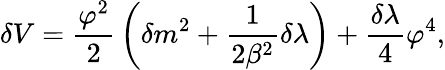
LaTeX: \delta V={\frac{\varphi^{2}}{2}}\left(\delta m^{2}+{\frac{1}{2\beta^{2}}}\delta\lambda\right)+{\frac{\delta\lambda}{4}}\varphi^{4},